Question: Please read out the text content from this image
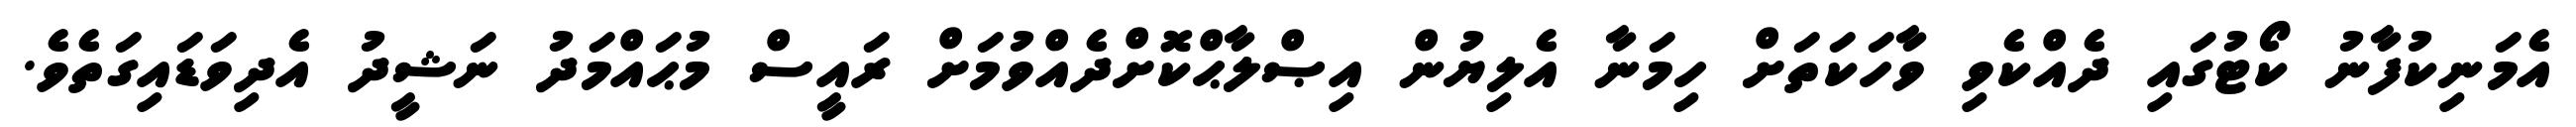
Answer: އެމަނިކުފާނު ކޯޓުގައި ދެއްކެވި ވާހަކަތަށް ހިމަނާ އެލިޔުން އިޞްލާޙްކޮށްދެއްވުމަށް ރައީސް މުޙައްމަދު ނަޝީދު އެދިވަޑައިގަތެވެ.